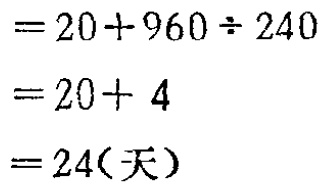
\[
\begin{align*}
&=20 + 960\div240\\
&=20 + 4\\
&=20+ 4\\
&=24(\text{天})
\end{align*}
\]